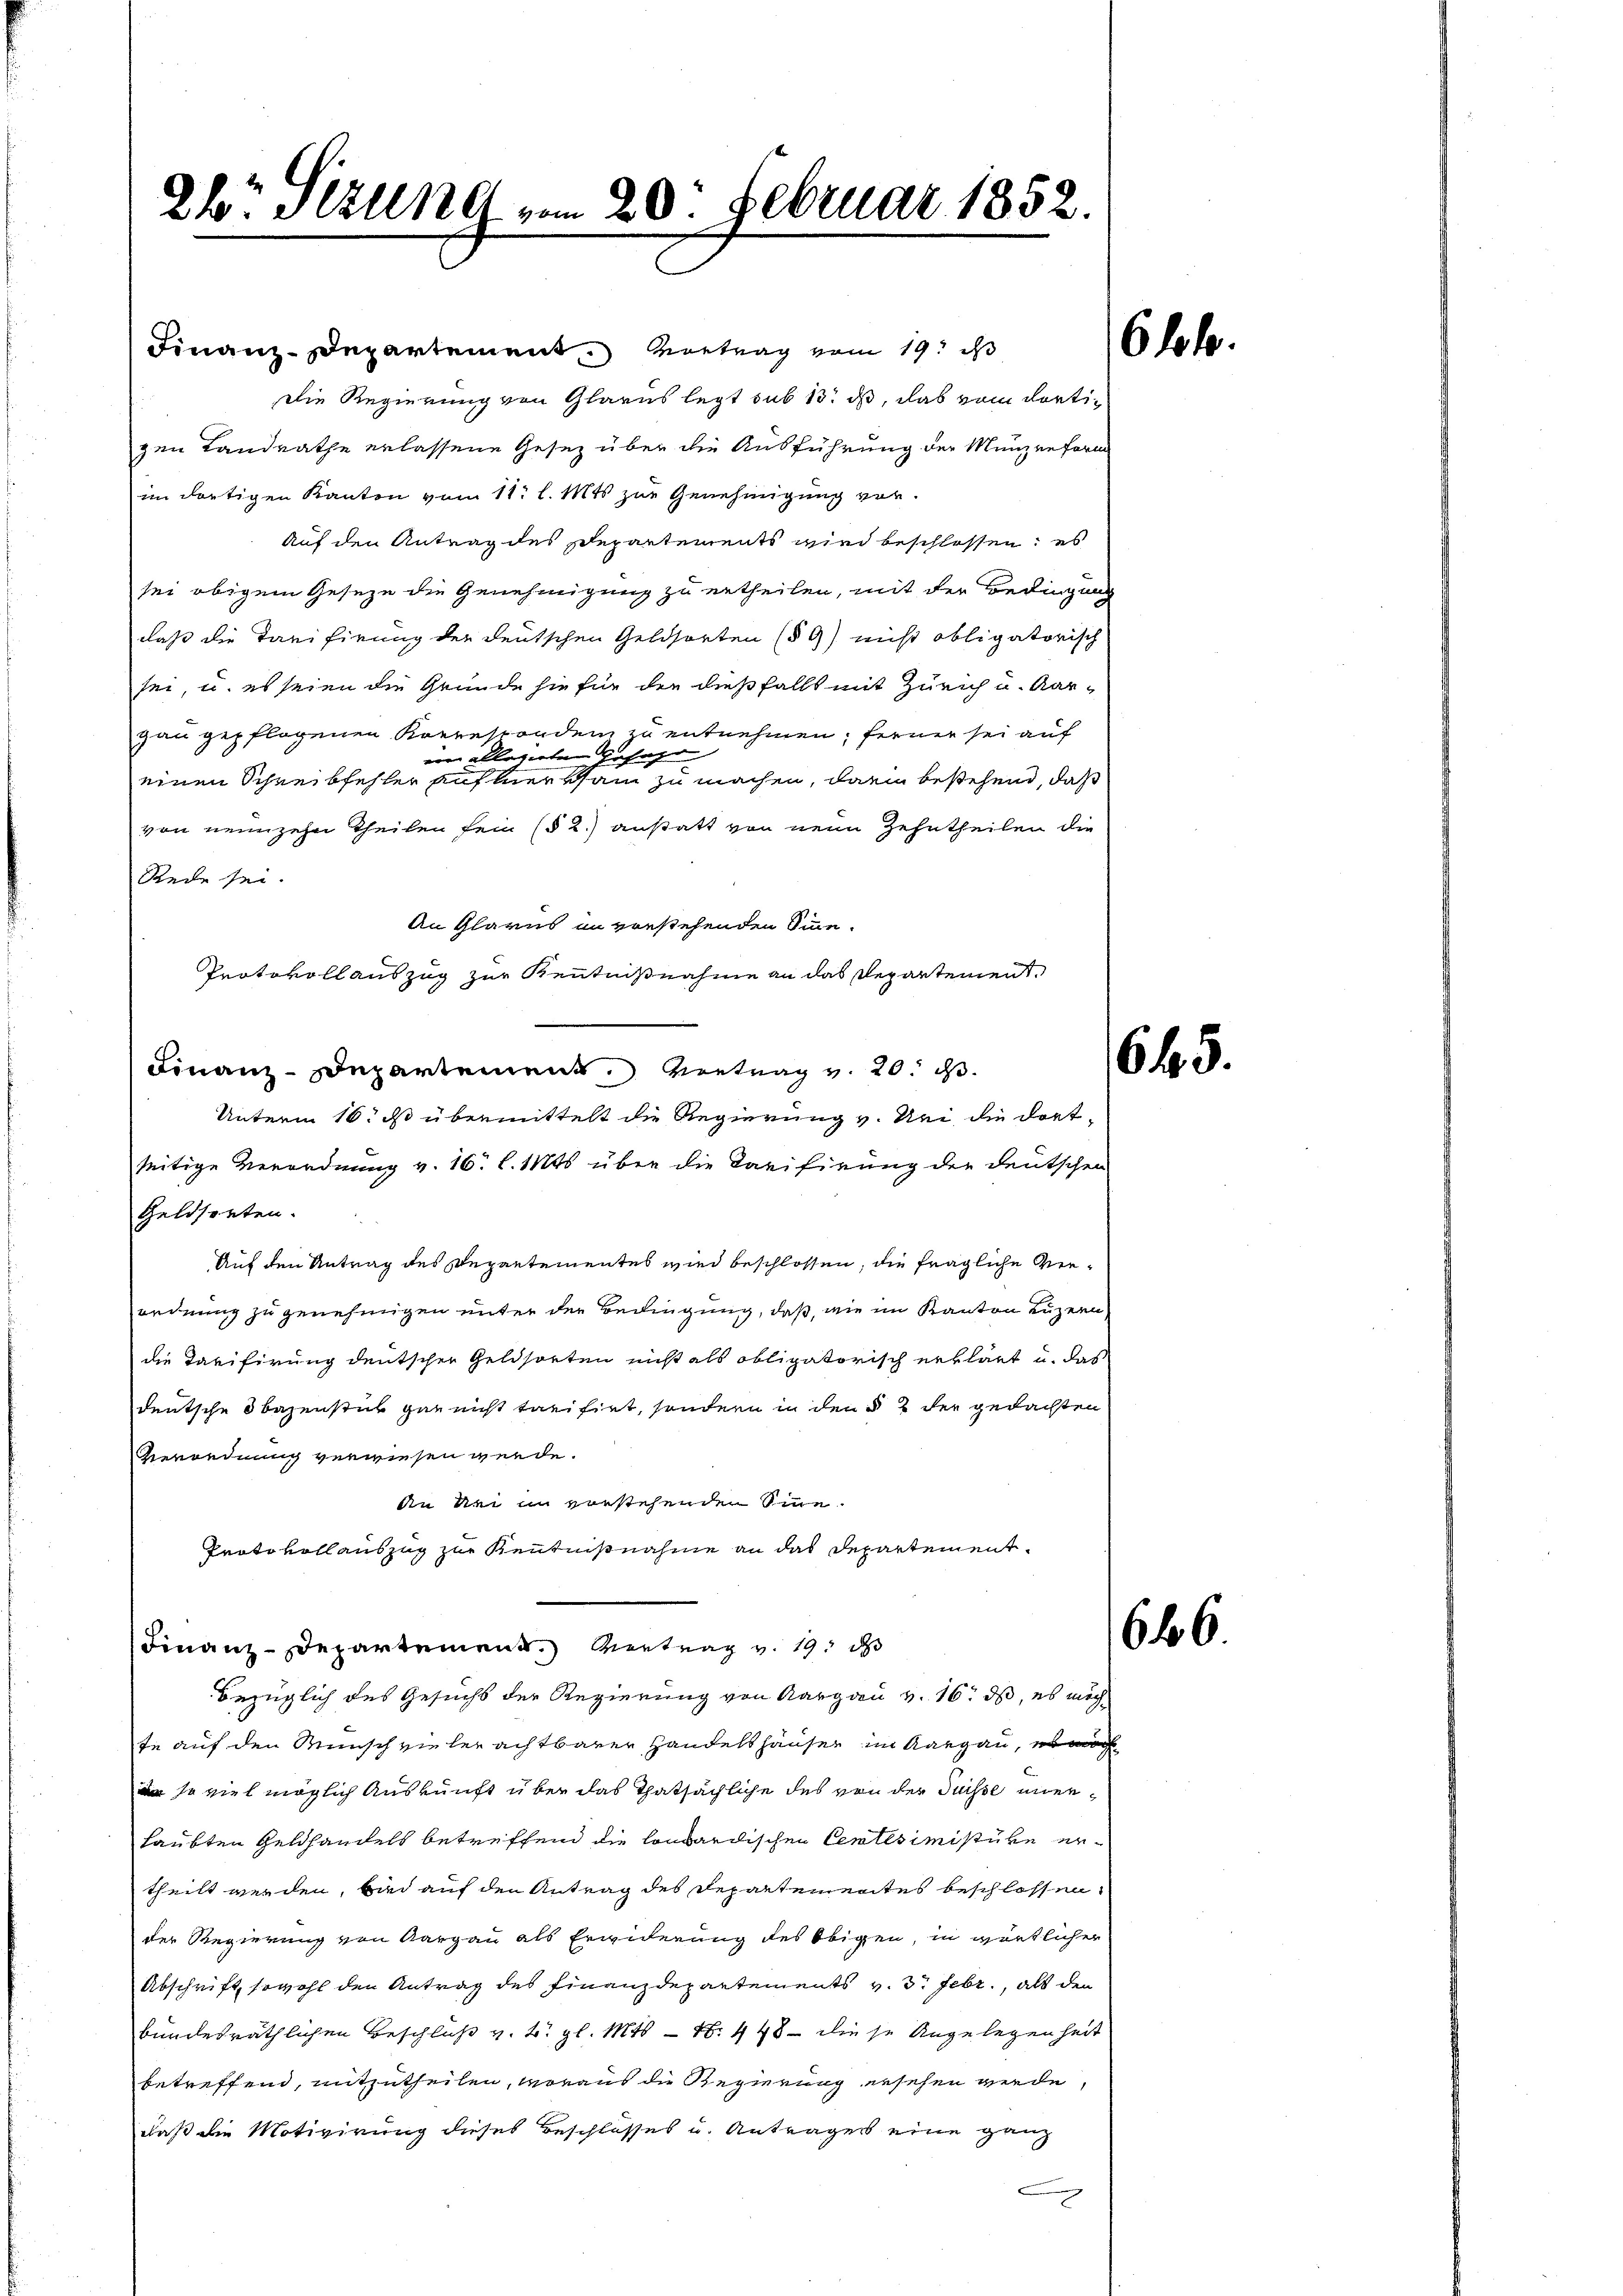
2br. Sizung vom 20. Februar 185

Finanz-Departement. Vortrag vom 19. d
Die Regierung von Glarus legt sub 13. ds, das vom dortigen Landrathe erlassene Gesez über die Ausführung der Münzenform
im dortigen Kanton vom 11. l. Mts. zur Genehmigung vor¬
Auf den Antrag des Departements wird beschlossen; es
sei obigem Geseze die Genehmigung zu ertheilen, mit der Bedingung
daß die Tarifirung der deutschen Geldsorten (§ 9) nicht obligatorisch
sei, u. es seien die Gründe hiefür den dießfalls mit Zürich u. Aar-
gau gepflogenen Korresponden zu entnehmen; ferner sei auf
von allegirten Gefahr
einen Schreibfehler aufmerksam zu machen, darin bestehend, daß
von neunzehn Theilen sein (§ 2.) anstatt von neun Zehntheilen die
Rede sei.
An Glarus in vorstehenden Sinne.
Protokoll auszug zur Kenntnißnahme an das Departement
Finanz-Departement. Vertrag v. 20. d.
Unterm 16. d übermittelt die Regierung v. Uri die dort
seitige Verordnung v. 16. l. 11845 über die Tarifirung der deutschen
Geldsorten.
Auf den Antrag des Departementes wird beschlossen, die fragliche Verordnung zu genehmigen unter der Bedingung, daß, wie im Kanton Luzern
die Tarifirung deutscher Geldsorten nicht als obligatorisch erklärt u. das
deutsche Bazenster gar nicht treifirt, sondern in den § 2 der gedachten
Verordnung verwiesen werde.
An die in vorstehenden Sinne
Protokoll auszug zur Kenntnißnahme an das Departement¬
Finanz-Departement. Vertrag v. 195 d
bezüglich des Gesucht der Regierung von Aargau v. 16. ds, es möchte auf den Wunsch vielerachtbarer Handelshäuser im Aargau, es mach
 soviel möglich Auskunft über das Thatsächliche des von der Suisse unerlaubten Geldhandels betreffend die lombardischen Centesimistire ertheilt werden, bin auf den Antrag des Departementes beschlossen,
der Regierung von Aargau als Erwiderung des Obigen, in wörtlicher
Abschrift, sowohl den Antrag des Finanzdepartements v. 3. Febr., als den
bundesräthlichen Beschluß v. 2. gl. Mts. — N. 448 - diese Angelegenheit
betreffend, mitzutheilen, woraus die Regierung ersehen werde,
daß die Motivirung dieses Beschlosses u. Antrages eine ganz
x

6lob.

645.

646.